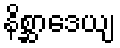
နိစ္ဆာဒေယျ